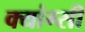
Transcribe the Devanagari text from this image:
क्यांग्सी